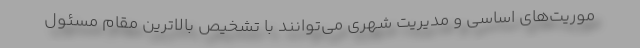
موریت‌های اساسی و مدیریت شهری می‌توانند با تشخیص بالاترین مقام مسئول